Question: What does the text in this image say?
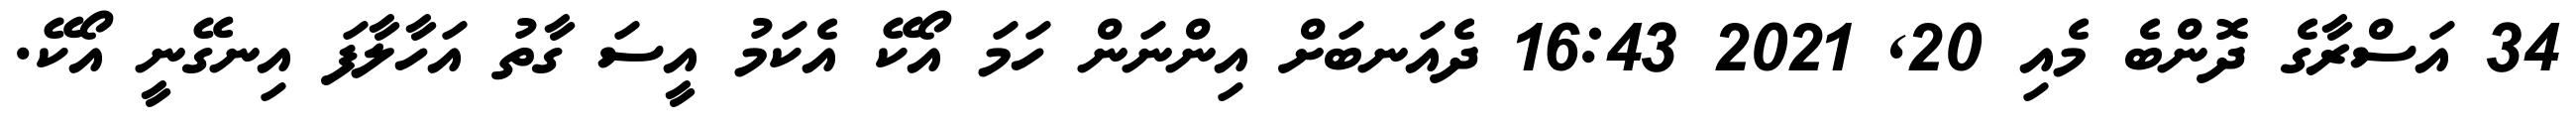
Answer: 34 އަސްރާގެ ދޮންބެ މެއި 20, 2021 16:43 ދެއަނބަށް އިންނަން ހަމަ އޯކޭ އެކަމު އީސަ ގާތު އަހާލާފަ އިނގޭނީ އޯކޭ.